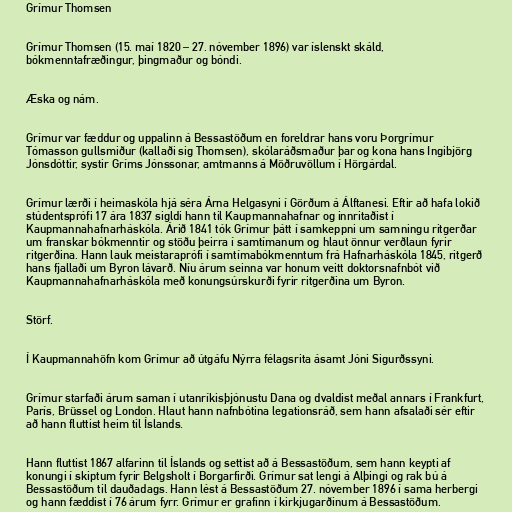
Grímur Thomsen

Grímur Thomsen (15. maí 1820 – 27. nóvember 1896) var íslenskt skáld,
bókmenntafræðingur, þingmaður og bóndi.

Æska og nám.

Grímur var fæddur og uppalinn á Bessastöðum en foreldrar hans voru Þorgrímur
Tómasson gullsmiður (kallaði sig Thomsen), skólaráðsmaður þar og kona hans Ingibjörg
Jónsdóttir, systir Gríms Jónssonar, amtmanns á Möðruvöllum í Hörgárdal.

Grímur lærði í heimaskóla hjá séra Árna Helgasyni í Görðum á Álftanesi. Eftir að hafa lokið
stúdentsprófi 17 ára 1837 sigldi hann til Kaupmannahafnar og innritaðist í
Kaupmannahafnarháskóla. Árið 1841 tók Grímur þátt í samkeppni um samningu ritgerðar
um franskar bókmenntir og stöðu þeirra í samtímanum og hlaut önnur verðlaun fyrir
ritgerðina. Hann lauk meistaraprófi í samtímabókmenntum frá Hafnarháskóla 1845, ritgerð
hans fjallaði um Byron lávarð. Níu árum seinna var honum veitt doktorsnafnbót við
Kaupmannahafnarháskóla með konungsúrskurði fyrir ritgerðina um Byron.

Störf.

Í Kaupmannahöfn kom Grímur að útgáfu Nýrra félagsrita ásamt Jóni Sigurðssyni.

Grímur starfaði árum saman í utanríkisþjónustu Dana og dvaldist meðal annars í Frankfurt,
París, Brüssel og London. Hlaut hann nafnbótina legationsráð, sem hann afsalaði sér eftir
að hann fluttist heim til Íslands.

Hann fluttist 1867 alfarinn til Íslands og settist að á Bessastöðum, sem hann keypti af
konungi í skiptum fyrir Belgsholt í Borgarfirði. Grímur sat lengi á Alþingi og rak bú á
Bessastöðum til dauðadags. Hann lést á Bessastöðum 27. nóvember 1896 í sama herbergi
og hann fæddist í 76 árum fyrr. Grímur er grafinn í kirkjugarðinum á Bessastöðum.